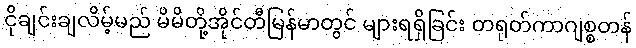
ငိုချင်းချလိမ့်မည် မိမိတို့အိုင်တီမြန်မာတွင် များရရှိခြင်း တရုတ်ကာဂျစ္စတန်